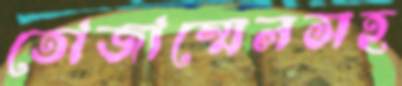
তোজাম্মেলসহ